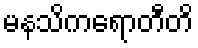
မနသိကရောတီတိ